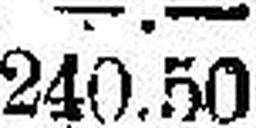
240.50